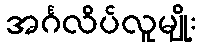
အင်္ဂလိပ်လူမျိုး